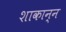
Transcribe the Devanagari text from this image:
शाकान्न